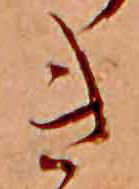
き